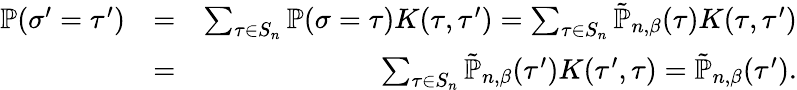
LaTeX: \begin{array}{rlr}{\mathbb{P}(\sigma^{\prime}=\tau^{\prime})}&{=}&{\sum_{\tau\in S_{n}}\mathbb{P}(\sigma=\tau)K(\tau,\tau^{\prime})=\sum_{\tau\in S_{n}}\tilde{\mathbb{P}}_{n,\beta}(\tau)K(\tau,\tau^{\prime})}\\ &{=}&{\sum_{\tau\in S_{n}}\tilde{\mathbb{P}}_{n,\beta}(\tau^{\prime})K(\tau^{\prime},\tau)=\tilde{\mathbb{P}}_{n,\beta}(\tau^{\prime}).}\end{array}